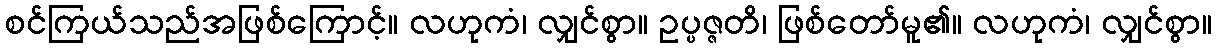
စင်ကြယ်သည်အဖြစ်ကြောင့်။ လဟုကံ၊ လျှင်စွာ။ ဥပ္ပဇ္ဇတိ၊ ဖြစ်တော်မူ၏။ လဟုကံ၊ လျှင်စွာ။